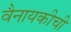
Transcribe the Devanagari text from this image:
वैनायकीची